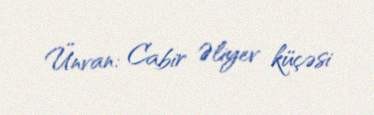
Ünvan: Cabir Əliyev küçəsi